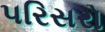
પરિસરો